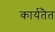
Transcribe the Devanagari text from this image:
कार्यतैत